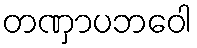
တဏှာပဘဝေါ